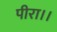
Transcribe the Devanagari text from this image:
पीरा।।